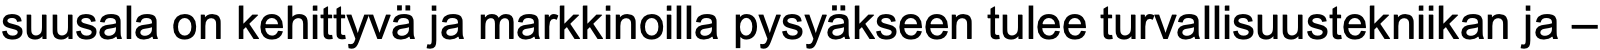
suusala on kehittyvä ja markkinoilla pysyäkseen tulee turvallisuustekniikan ja –